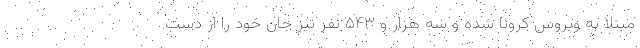
مبتلا به ویروس کرونا شده و سه هزار و ۵۴۳ نفر نیز جان خود را از دست